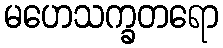
မဟေသက္ခတရော